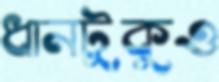
ধানটুকুও